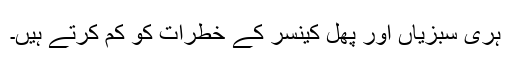
ہری سبزیاں اور پھل کینسر کے خطرات کو کم کرتے ہیں۔